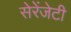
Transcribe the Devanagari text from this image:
सेरेंजेटी